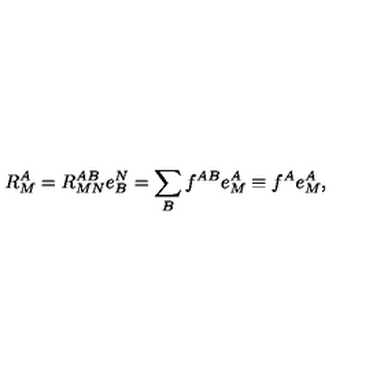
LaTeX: R _ { M } ^ { A } = R _ { M N } ^ { A B } e _ { B } ^ { N } = \sum _ { B } f ^ { A B } e _ { M } ^ { A } \equiv f ^ { A } e _ { M } ^ { A } ,